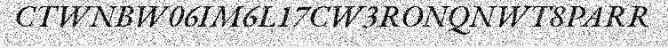
CTWNBW06IM6L17CW3RONQNWT8PARR